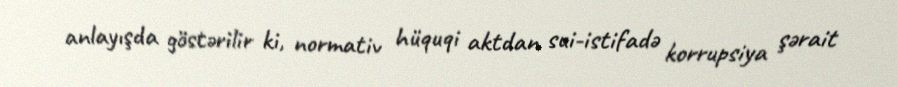
anlayışda göstərilir ki, normativ hüquqi aktdan sui-istifadə korrupsiya şərait